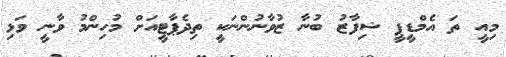
މިއީ ތަ އެމްޑީޕީ ޝިފާޒު ބުނާ ޒުވާނުންނަކީ ތިދެޕާޓީއަށް މުހިންމު ވާނީ ވަޅި